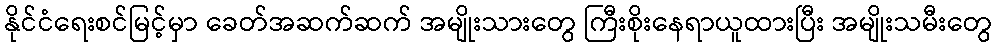
နိုင်ငံရေးစင်မြင့်မှာ ခေတ်အဆက်ဆက် အမျိုးသားတွေ ကြီးစိုးနေရာယူထားပြီး အမျိုးသမီးတွေ